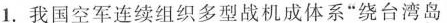
1.我国空军连续组织多型战机成体系”绕台湾岛